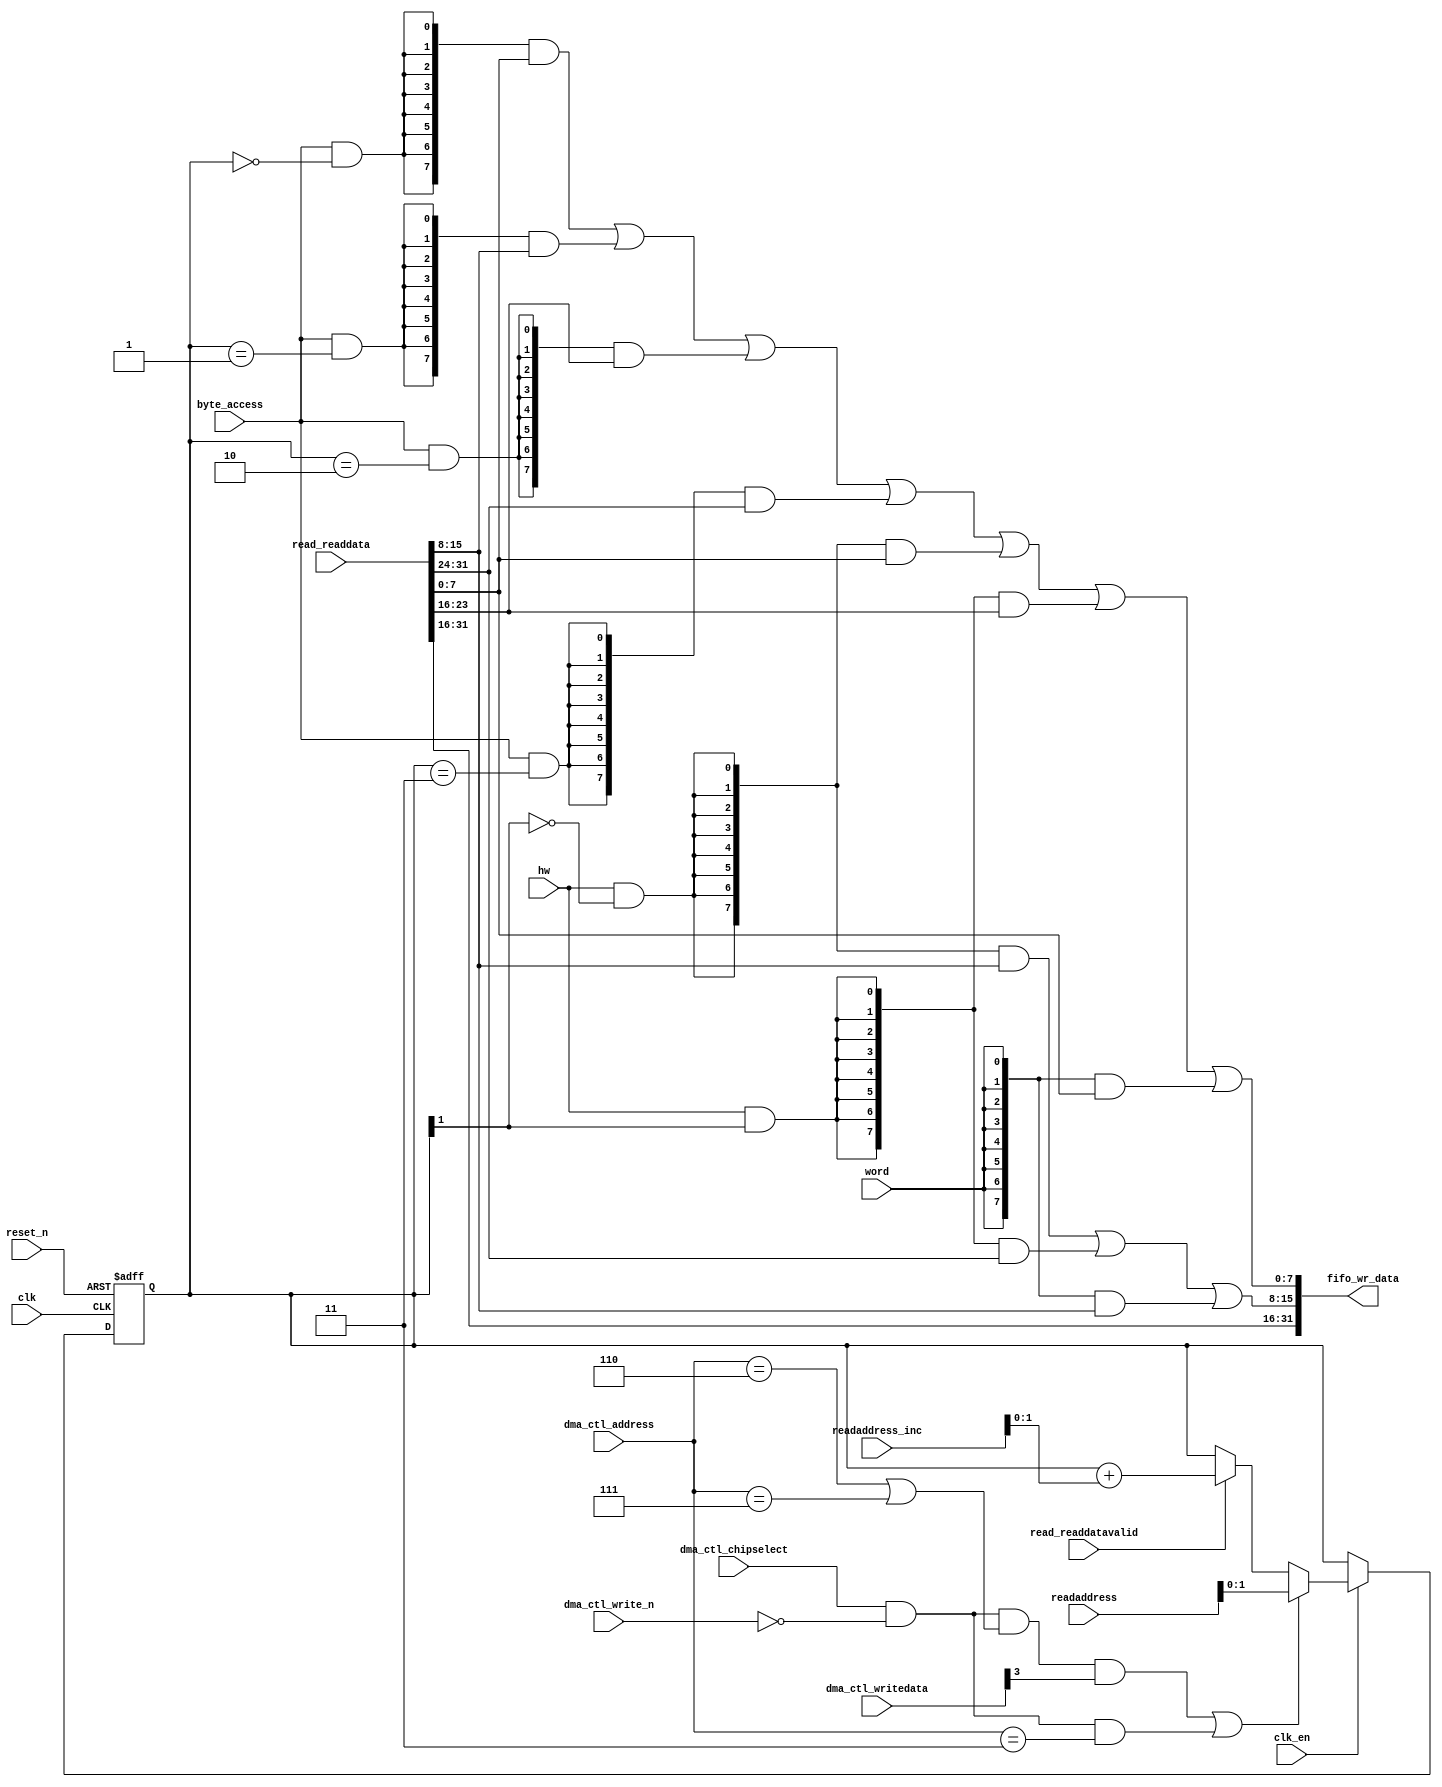
//Legal Notice: (C)2021 Altera Corporation. All rights reserved.  Your
//use of Altera Corporation's design tools, logic functions and other
//software and tools, and its AMPP partner logic functions, and any
//output files any of the foregoing (including device programming or
//simulation files), and any associated documentation or information are
//expressly subject to the terms and conditions of the Altera Program
//License Subscription Agreement or other applicable license agreement,
//including, without limitation, that your use is for the sole purpose
//of programming logic devices manufactured by Altera and sold by Altera
//or its authorized distributors.  Please refer to the applicable
//agreement for further details.

// synthesis translate_off
`timescale 1ns / 1ps
// synthesis translate_on

// turn off superfluous verilog processor warnings 
// altera message_level Level1 
// altera message_off 10034 10035 10036 10037 10230 10240 10030 

module nios_system_dma_0_read_data_mux (
                                         // inputs:
                                          byte_access,
                                          clk,
                                          clk_en,
                                          dma_ctl_address,
                                          dma_ctl_chipselect,
                                          dma_ctl_write_n,
                                          dma_ctl_writedata,
                                          hw,
                                          read_readdata,
                                          read_readdatavalid,
                                          readaddress,
                                          readaddress_inc,
                                          reset_n,
                                          word,

                                         // outputs:
                                          fifo_wr_data
                                       )
;

  output  [ 31: 0] fifo_wr_data;
  input            byte_access;
  input            clk;
  input            clk_en;
  input   [  2: 0] dma_ctl_address;
  input            dma_ctl_chipselect;
  input            dma_ctl_write_n;
  input   [ 27: 0] dma_ctl_writedata;
  input            hw;
  input   [ 31: 0] read_readdata;
  input            read_readdatavalid;
  input   [ 27: 0] readaddress;
  input   [  4: 0] readaddress_inc;
  input            reset_n;
  input            word;


wire             control_write;
wire    [ 31: 0] fifo_wr_data;
wire             length_write;
wire    [  1: 0] read_data_mux_input;
reg     [  1: 0] readdata_mux_select;
  assign control_write = dma_ctl_chipselect & ~dma_ctl_write_n & ((dma_ctl_address == 6) || (dma_ctl_address == 7));
  assign length_write = dma_ctl_chipselect & ~dma_ctl_write_n & (dma_ctl_address == 3);
  assign read_data_mux_input = ((control_write && dma_ctl_writedata[3] || length_write))? readaddress[1 : 0] :
    (read_readdatavalid)? (readdata_mux_select + readaddress_inc) :
    readdata_mux_select;

  // Reset value: the transaction size bits of the read address reset value.
  always @(posedge clk or negedge reset_n)
    begin
      if (reset_n == 0)
          readdata_mux_select <= 0;
      else if (clk_en)
          readdata_mux_select <= read_data_mux_input[1 : 0];
    end


  assign fifo_wr_data[31 : 16] = read_readdata[31 : 16];
  assign fifo_wr_data[15 : 8] = ({8 {(hw & (readdata_mux_select[1] == 0))}} & read_readdata[15 : 8]) |
    ({8 {(hw & (readdata_mux_select[1] == 1))}} & read_readdata[31 : 24]) |
    ({8 {word}} & read_readdata[15 : 8]);

  assign fifo_wr_data[7 : 0] = ({8 {(byte_access & (readdata_mux_select[1 : 0] == 0))}} & read_readdata[7 : 0]) |
    ({8 {(byte_access & (readdata_mux_select[1 : 0] == 1))}} & read_readdata[15 : 8]) |
    ({8 {(byte_access & (readdata_mux_select[1 : 0] == 2))}} & read_readdata[23 : 16]) |
    ({8 {(byte_access & (readdata_mux_select[1 : 0] == 3))}} & read_readdata[31 : 24]) |
    ({8 {(hw & (readdata_mux_select[1] == 0))}} & read_readdata[7 : 0]) |
    ({8 {(hw & (readdata_mux_select[1] == 1))}} & read_readdata[23 : 16]) |
    ({8 {word}} & read_readdata[7 : 0]);


endmodule


// synthesis translate_off
`timescale 1ns / 1ps
// synthesis translate_on

// turn off superfluous verilog processor warnings 
// altera message_level Level1 
// altera message_off 10034 10035 10036 10037 10230 10240 10030 

module nios_system_dma_0_byteenables (
                                       // inputs:
                                        byte_access,
                                        hw,
                                        word,
                                        write_address,

                                       // outputs:
                                        write_byteenable
                                     )
;

  output  [  3: 0] write_byteenable;
  input            byte_access;
  input            hw;
  input            word;
  input   [ 27: 0] write_address;


wire             wa_1_is_0;
wire             wa_1_is_1;
wire             wa_1_to_0_is_0;
wire             wa_1_to_0_is_1;
wire             wa_1_to_0_is_2;
wire             wa_1_to_0_is_3;
wire    [  3: 0] write_byteenable;
  assign wa_1_to_0_is_3 = write_address[1 : 0] == 2'h3;
  assign wa_1_to_0_is_2 = write_address[1 : 0] == 2'h2;
  assign wa_1_to_0_is_1 = write_address[1 : 0] == 2'h1;
  assign wa_1_to_0_is_0 = write_address[1 : 0] == 2'h0;
  assign wa_1_is_1 = write_address[1] == 1'h1;
  assign wa_1_is_0 = write_address[1] == 1'h0;
  assign write_byteenable = ({4 {byte_access}} & {wa_1_to_0_is_3, wa_1_to_0_is_2, wa_1_to_0_is_1, wa_1_to_0_is_0}) |
    ({4 {hw}} & {wa_1_is_1, wa_1_is_1, wa_1_is_0, wa_1_is_0}) |
    ({4 {word}} & 4'b1111);


endmodule


// synthesis translate_off
`timescale 1ns / 1ps
// synthesis translate_on

// turn off superfluous verilog processor warnings 
// altera message_level Level1 
// altera message_off 10034 10035 10036 10037 10230 10240 10030 

module nios_system_dma_0_fifo_module_fifo_ram_module (
                                                       // inputs:
                                                        clk,
                                                        data,
                                                        rdaddress,
                                                        rdclken,
                                                        reset_n,
                                                        wraddress,
                                                        wrclock,
                                                        wren,

                                                       // outputs:
                                                        q
                                                     )
;

  output  [ 31: 0] q;
  input            clk;
  input   [ 31: 0] data;
  input   [  4: 0] rdaddress;
  input            rdclken;
  input            reset_n;
  input   [  4: 0] wraddress;
  input            wrclock;
  input            wren;


reg     [ 31: 0] mem_array [ 31: 0];
wire    [ 31: 0] q;
reg     [  4: 0] read_address;

//synthesis translate_off
//////////////// SIMULATION-ONLY CONTENTS
  always @(posedge clk or negedge reset_n)
    begin
      if (reset_n == 0)
          read_address <= 0;
      else if (rdclken)
          read_address <= rdaddress;
    end


  // Data read is synchronized through latent_rdaddress.
  assign q = mem_array[read_address];

  always @(posedge wrclock)
    begin
      // Write data
      if (wren)
          mem_array[wraddress] <= data;
    end



//////////////// END SIMULATION-ONLY CONTENTS

//synthesis translate_on
//synthesis read_comments_as_HDL on
//  always @(rdaddress)
//    begin
//      read_address = rdaddress;
//    end
//
//
//  lpm_ram_dp lpm_ram_dp_component
//    (
//      .data (data),
//      .q (q),
//      .rdaddress (read_address),
//      .rdclken (rdclken),
//      .rdclock (clk),
//      .wraddress (wraddress),
//      .wrclock (wrclock),
//      .wren (wren)
//    );
//
//  defparam lpm_ram_dp_component.lpm_file = "UNUSED",
//           lpm_ram_dp_component.lpm_hint = "USE_EAB=ON",
//           lpm_ram_dp_component.lpm_indata = "REGISTERED",
//           lpm_ram_dp_component.lpm_outdata = "UNREGISTERED",
//           lpm_ram_dp_component.lpm_rdaddress_control = "REGISTERED",
//           lpm_ram_dp_component.lpm_width = 32,
//           lpm_ram_dp_component.lpm_widthad = 5,
//           lpm_ram_dp_component.lpm_wraddress_control = "REGISTERED",
//           lpm_ram_dp_component.suppress_memory_conversion_warnings = "ON";
//
//synthesis read_comments_as_HDL off

endmodule


// synthesis translate_off
`timescale 1ns / 1ps
// synthesis translate_on

// turn off superfluous verilog processor warnings 
// altera message_level Level1 
// altera message_off 10034 10035 10036 10037 10230 10240 10030 

module nios_system_dma_0_fifo_module (
                                       // inputs:
                                        clk,
                                        clk_en,
                                        fifo_read,
                                        fifo_wr_data,
                                        fifo_write,
                                        flush_fifo,
                                        inc_pending_data,
                                        reset_n,

                                       // outputs:
                                        fifo_datavalid,
                                        fifo_empty,
                                        fifo_rd_data,
                                        p1_fifo_full
                                     )
;

  output           fifo_datavalid;
  output           fifo_empty;
  output  [ 31: 0] fifo_rd_data;
  output           p1_fifo_full;
  input            clk;
  input            clk_en;
  input            fifo_read;
  input   [ 31: 0] fifo_wr_data;
  input            fifo_write;
  input            flush_fifo;
  input            inc_pending_data;
  input            reset_n;


wire    [  4: 0] estimated_rdaddress;
reg     [  4: 0] estimated_wraddress;
wire             fifo_datavalid;
wire             fifo_dec;
reg              fifo_empty;
reg              fifo_full;
wire             fifo_inc;
wire    [ 31: 0] fifo_ram_q;
wire    [ 31: 0] fifo_rd_data;
reg              last_write_collision;
reg     [ 31: 0] last_write_data;
wire    [  4: 0] p1_estimated_wraddress;
wire             p1_fifo_empty;
wire             p1_fifo_full;
wire    [  4: 0] p1_wraddress;
wire    [  4: 0] rdaddress;
reg     [  4: 0] rdaddress_reg;
reg     [  4: 0] wraddress;
wire             write_collision;
  assign p1_wraddress = (fifo_write)? wraddress - 1 :
    wraddress;

  always @(posedge clk or negedge reset_n)
    begin
      if (reset_n == 0)
          wraddress <= 0;
      else if (clk_en)
          if (flush_fifo)
              wraddress <= 0;
          else 
            wraddress <= p1_wraddress;
    end


  assign rdaddress = flush_fifo ? 0 : fifo_read ? (rdaddress_reg - 1) : rdaddress_reg;
  always @(posedge clk or negedge reset_n)
    begin
      if (reset_n == 0)
          rdaddress_reg <= 0;
      else 
        rdaddress_reg <= rdaddress;
    end


  assign fifo_datavalid = ~fifo_empty;
  assign fifo_inc = fifo_write & ~fifo_read;
  assign fifo_dec = fifo_read & ~fifo_write;
  assign estimated_rdaddress = rdaddress_reg - 1;
  assign p1_estimated_wraddress = (inc_pending_data)? estimated_wraddress - 1 :
    estimated_wraddress;

  always @(posedge clk or negedge reset_n)
    begin
      if (reset_n == 0)
          estimated_wraddress <= {5 {1'b1}};
      else if (clk_en)
          if (flush_fifo)
              estimated_wraddress <= {5 {1'b1}};
          else 
            estimated_wraddress <= p1_estimated_wraddress;
    end


  assign p1_fifo_empty = flush_fifo  | ((~fifo_inc & fifo_empty) | (fifo_dec & (wraddress == estimated_rdaddress)));
  always @(posedge clk or negedge reset_n)
    begin
      if (reset_n == 0)
          fifo_empty <= 1;
      else if (clk_en)
          fifo_empty <= p1_fifo_empty;
    end


  assign p1_fifo_full = ~flush_fifo & ((~fifo_dec & fifo_full)  | (inc_pending_data & (estimated_wraddress == rdaddress)));
  always @(posedge clk or negedge reset_n)
    begin
      if (reset_n == 0)
          fifo_full <= 0;
      else if (clk_en)
          fifo_full <= p1_fifo_full;
    end


  assign write_collision = fifo_write && (wraddress == rdaddress);
  always @(posedge clk or negedge reset_n)
    begin
      if (reset_n == 0)
          last_write_data <= 0;
      else if (write_collision)
          last_write_data <= fifo_wr_data;
    end


  always @(posedge clk or negedge reset_n)
    begin
      if (reset_n == 0)
          last_write_collision <= 0;
      else if (write_collision)
          last_write_collision <= -1;
      else if (fifo_read)
          last_write_collision <= 0;
    end


  assign fifo_rd_data = last_write_collision ? last_write_data : fifo_ram_q;
  //nios_system_dma_0_fifo_module_fifo_ram, which is an e_ram
  nios_system_dma_0_fifo_module_fifo_ram_module nios_system_dma_0_fifo_module_fifo_ram
    (
      .clk       (clk),
      .data      (fifo_wr_data),
      .q         (fifo_ram_q),
      .rdaddress (rdaddress),
      .rdclken   (1'b1),
      .reset_n   (reset_n),
      .wraddress (wraddress),
      .wrclock   (clk),
      .wren      (fifo_write)
    );


endmodule


// synthesis translate_off
`timescale 1ns / 1ps
// synthesis translate_on

// turn off superfluous verilog processor warnings 
// altera message_level Level1 
// altera message_off 10034 10035 10036 10037 10230 10240 10030 

module nios_system_dma_0_mem_read (
                                    // inputs:
                                     clk,
                                     clk_en,
                                     go,
                                     p1_done_read,
                                     p1_fifo_full,
                                     read_waitrequest,
                                     reset_n,

                                    // outputs:
                                     inc_read,
                                     mem_read_n
                                  )
;

  output           inc_read;
  output           mem_read_n;
  input            clk;
  input            clk_en;
  input            go;
  input            p1_done_read;
  input            p1_fifo_full;
  input            read_waitrequest;
  input            reset_n;


wire             inc_read;
wire             mem_read_n;
reg              nios_system_dma_0_mem_read_access;
reg              nios_system_dma_0_mem_read_idle;
wire             p1_read_select;
reg              read_select;
  assign mem_read_n = ~read_select;
  always @(posedge clk or negedge reset_n)
    begin
      if (reset_n == 0)
          read_select <= 0;
      else if (clk_en)
          read_select <= p1_read_select;
    end


  assign inc_read = read_select & ~read_waitrequest;
  // Transitions into state 'idle'.
  always @(posedge clk or negedge reset_n)
    begin
      if (reset_n == 0)
          nios_system_dma_0_mem_read_idle <= 1;
      else if (clk_en)
          nios_system_dma_0_mem_read_idle <= ((nios_system_dma_0_mem_read_idle == 1) & (go == 0)) |
                    ((nios_system_dma_0_mem_read_idle == 1) & (p1_done_read == 1)) |
                    ((nios_system_dma_0_mem_read_idle == 1) & (p1_fifo_full == 1)) |
                    ((nios_system_dma_0_mem_read_access == 1) & (p1_fifo_full == 1) & (read_waitrequest == 0)) |
                    ((nios_system_dma_0_mem_read_access == 1) & (p1_done_read == 1) & (read_waitrequest == 0));

    end


  // Transitions into state 'access'.
  always @(posedge clk or negedge reset_n)
    begin
      if (reset_n == 0)
          nios_system_dma_0_mem_read_access <= 0;
      else if (clk_en)
          nios_system_dma_0_mem_read_access <= ((nios_system_dma_0_mem_read_idle == 1) & (p1_fifo_full == 0) & (p1_done_read == 0) & (go == 1)) |
                    ((nios_system_dma_0_mem_read_access == 1) & (read_waitrequest == 1)) |
                    ((nios_system_dma_0_mem_read_access == 1) & (p1_fifo_full == 0) & (p1_done_read == 0) & (read_waitrequest == 0));

    end


  assign p1_read_select = ({1 {((nios_system_dma_0_mem_read_access && (read_waitrequest == 1)))}} & 1) |
    ({1 {((nios_system_dma_0_mem_read_access && (p1_done_read == 0) && (p1_fifo_full == 0) && (read_waitrequest == 0)))}} & 1) |
    ({1 {((nios_system_dma_0_mem_read_idle && (go == 1) && (p1_done_read == 0) && (p1_fifo_full == 0)))}} & 1);


endmodule


// synthesis translate_off
`timescale 1ns / 1ps
// synthesis translate_on

// turn off superfluous verilog processor warnings 
// altera message_level Level1 
// altera message_off 10034 10035 10036 10037 10230 10240 10030 

module nios_system_dma_0_mem_write (
                                     // inputs:
                                      d1_enabled_write_endofpacket,
                                      fifo_datavalid,
                                      write_waitrequest,

                                     // outputs:
                                      fifo_read,
                                      inc_write,
                                      mem_write_n,
                                      write_select
                                   )
;

  output           fifo_read;
  output           inc_write;
  output           mem_write_n;
  output           write_select;
  input            d1_enabled_write_endofpacket;
  input            fifo_datavalid;
  input            write_waitrequest;


wire             fifo_read;
wire             inc_write;
wire             mem_write_n;
wire             write_select;
  assign write_select = fifo_datavalid & ~d1_enabled_write_endofpacket;
  assign mem_write_n = ~write_select;
  assign fifo_read = write_select & ~write_waitrequest;
  assign inc_write = fifo_read;

endmodule


// synthesis translate_off
`timescale 1ns / 1ps
// synthesis translate_on

// turn off superfluous verilog processor warnings 
// altera message_level Level1 
// altera message_off 10034 10035 10036 10037 10230 10240 10030 

//DMA peripheral nios_system_dma_0
//Read slaves:
//new_sdram_controller_0.s1; 
//Write slaves:
//new_sdram_controller_0.s1; 


module nios_system_dma_0 (
                           // inputs:
                            clk,
                            dma_ctl_address,
                            dma_ctl_chipselect,
                            dma_ctl_write_n,
                            dma_ctl_writedata,
                            read_readdata,
                            read_readdatavalid,
                            read_waitrequest,
                            system_reset_n,
                            write_waitrequest,

                           // outputs:
                            dma_ctl_irq,
                            dma_ctl_readdata,
                            read_address,
                            read_chipselect,
                            read_read_n,
                            write_address,
                            write_byteenable,
                            write_chipselect,
                            write_write_n,
                            write_writedata
                         )
  /* synthesis ALTERA_ATTRIBUTE = "SUPPRESS_DA_RULE_INTERNAL=\"R101\"" */ ;

  output           dma_ctl_irq;
  output  [ 27: 0] dma_ctl_readdata;
  output  [ 27: 0] read_address;
  output           read_chipselect;
  output           read_read_n;
  output  [ 27: 0] write_address;
  output  [  3: 0] write_byteenable;
  output           write_chipselect;
  output           write_write_n;
  output  [ 31: 0] write_writedata;
  input            clk;
  input   [  2: 0] dma_ctl_address;
  input            dma_ctl_chipselect;
  input            dma_ctl_write_n;
  input   [ 27: 0] dma_ctl_writedata;
  input   [ 31: 0] read_readdata;
  input            read_readdatavalid;
  input            read_waitrequest;
  input            system_reset_n;
  input            write_waitrequest;


wire             busy;
wire             byte_access;
wire             clk_en;
reg     [ 12: 0] control;
reg              d1_done_transaction;
reg              d1_enabled_write_endofpacket;
reg              d1_read_got_endofpacket;
reg              d1_softwarereset;
wire             dma_ctl_irq;
reg     [ 27: 0] dma_ctl_readdata;
reg              done;
wire             done_transaction;
reg              done_write;
wire             doubleword;
wire             enabled_write_endofpacket;
wire             fifo_datavalid;
wire             fifo_empty;
wire    [ 31: 0] fifo_rd_data;
wire    [ 31: 0] fifo_rd_data_as_byte_access;
wire    [ 31: 0] fifo_rd_data_as_hw;
wire    [ 31: 0] fifo_rd_data_as_word;
wire             fifo_read;
wire    [ 31: 0] fifo_wr_data;
wire             fifo_write;
wire             fifo_write_data_valid;
wire             flush_fifo;
wire             go;
wire             hw;
wire             i_en;
wire             inc_read;
wire             inc_write;
wire             leen;
reg              len;
reg     [ 26: 0] length;
reg              length_eq_0;
wire             mem_read_n;
wire             mem_write_n;
wire    [ 12: 0] p1_control;
wire    [ 27: 0] p1_dma_ctl_readdata;
wire             p1_done_read;
wire             p1_done_write;
wire             p1_fifo_full;
wire    [ 26: 0] p1_length;
wire             p1_length_eq_0;
wire             p1_read_got_endofpacket;
wire    [ 27: 0] p1_readaddress;
wire             p1_write_got_endofpacket;
wire    [ 27: 0] p1_writeaddress;
wire    [ 26: 0] p1_writelength;
wire             p1_writelength_eq_0;
wire             quadword;
wire             rcon;
wire    [ 27: 0] read_address;
wire             read_chipselect;
wire             read_endofpacket;
reg              read_got_endofpacket;
wire             read_read_n;
reg     [ 27: 0] readaddress;
wire    [  4: 0] readaddress_inc;
wire             reen;
reg              reop;
reg              reset_n;
wire             set_software_reset_bit;
reg              software_reset_request;
wire             softwarereset;
wire    [  4: 0] status;
wire             status_register_write;
wire             wcon;
wire             ween;
reg              weop;
wire             word;
wire    [ 27: 0] write_address;
wire    [  3: 0] write_byteenable;
wire             write_chipselect;
wire             write_endofpacket;
reg              write_got_endofpacket;
wire             write_select;
wire             write_write_n;
wire    [ 31: 0] write_writedata;
reg     [ 27: 0] writeaddress;
wire    [  4: 0] writeaddress_inc;
reg     [ 26: 0] writelength;
reg              writelength_eq_0;
  assign clk_en = 1;
  //control_port_slave, which is an e_avalon_slave
  //read_master, which is an e_avalon_master
  nios_system_dma_0_read_data_mux the_nios_system_dma_0_read_data_mux
    (
      .byte_access        (byte_access),
      .clk                (clk),
      .clk_en             (clk_en),
      .dma_ctl_address    (dma_ctl_address),
      .dma_ctl_chipselect (dma_ctl_chipselect),
      .dma_ctl_write_n    (dma_ctl_write_n),
      .dma_ctl_writedata  (dma_ctl_writedata),
      .fifo_wr_data       (fifo_wr_data),
      .hw                 (hw),
      .read_readdata      (read_readdata),
      .read_readdatavalid (read_readdatavalid),
      .readaddress        (readaddress),
      .readaddress_inc    (readaddress_inc),
      .reset_n            (reset_n),
      .word               (word)
    );

  //write_master, which is an e_avalon_master
  nios_system_dma_0_byteenables the_nios_system_dma_0_byteenables
    (
      .byte_access      (byte_access),
      .hw               (hw),
      .word             (word),
      .write_address    (write_address),
      .write_byteenable (write_byteenable)
    );

  assign read_read_n = mem_read_n;
  assign status_register_write = dma_ctl_chipselect & ~dma_ctl_write_n & (dma_ctl_address == 0);
  // read address
  always @(posedge clk or negedge reset_n)
    begin
      if (reset_n == 0)
          readaddress <= 28'h0;
      else if (clk_en)
          readaddress <= p1_readaddress;
    end


  assign p1_readaddress = ((dma_ctl_chipselect & ~dma_ctl_write_n & (dma_ctl_address == 1)))? dma_ctl_writedata :
    (inc_read)? (readaddress + readaddress_inc) :
    readaddress;

  // write address
  always @(posedge clk or negedge reset_n)
    begin
      if (reset_n == 0)
          writeaddress <= 28'h0;
      else if (clk_en)
          writeaddress <= p1_writeaddress;
    end


  assign p1_writeaddress = ((dma_ctl_chipselect & ~dma_ctl_write_n & (dma_ctl_address == 2)))? dma_ctl_writedata :
    (inc_write)? (writeaddress + writeaddress_inc) :
    writeaddress;

  // length in bytes
  always @(posedge clk or negedge reset_n)
    begin
      if (reset_n == 0)
          length <= 27'h0;
      else if (clk_en)
          length <= p1_length;
    end


  assign p1_length = ((dma_ctl_chipselect & ~dma_ctl_write_n & (dma_ctl_address == 3)))? dma_ctl_writedata :
    ((inc_read && (!length_eq_0)))? length - {1'b0,
    1'b0,
    word,
    hw,
    byte_access} :
    length;

  // control register
  always @(posedge clk or negedge reset_n)
    begin
      if (reset_n == 0)
          control <= 13'h84;
      else if (clk_en)
          control <= p1_control;
    end


  assign p1_control = ((dma_ctl_chipselect & ~dma_ctl_write_n & ((dma_ctl_address == 6) || (dma_ctl_address == 7))))? dma_ctl_writedata :
    control;

  // write master length
  always @(posedge clk or negedge reset_n)
    begin
      if (reset_n == 0)
          writelength <= 27'h0;
      else if (clk_en)
          writelength <= p1_writelength;
    end


  assign p1_writelength = ((dma_ctl_chipselect & ~dma_ctl_write_n & (dma_ctl_address == 3)))? dma_ctl_writedata :
    ((inc_write && (!writelength_eq_0)))? writelength - {1'b0,
    1'b0,
    word,
    hw,
    byte_access} :
    writelength;

  assign p1_writelength_eq_0 = inc_write && (!writelength_eq_0) && ((writelength  - {1'b0,
    1'b0,
    word,
    hw,
    byte_access}) == 0);

  assign p1_length_eq_0 = inc_read && (!length_eq_0) && ((length  - {1'b0,
    1'b0,
    word,
    hw,
    byte_access}) == 0);

  always @(posedge clk or negedge reset_n)
    begin
      if (reset_n == 0)
          length_eq_0 <= 1;
      else if (clk_en)
          if (dma_ctl_chipselect & ~dma_ctl_write_n & (dma_ctl_address == 3))
              length_eq_0 <= 0;
          else if (p1_length_eq_0)
              length_eq_0 <= -1;
    end


  always @(posedge clk or negedge reset_n)
    begin
      if (reset_n == 0)
          writelength_eq_0 <= 1;
      else if (clk_en)
          if (dma_ctl_chipselect & ~dma_ctl_write_n & (dma_ctl_address == 3))
              writelength_eq_0 <= 0;
          else if (p1_writelength_eq_0)
              writelength_eq_0 <= -1;
    end


  assign writeaddress_inc = (wcon)? 0 :
    {1'b0,
    1'b0,
    word,
    hw,
    byte_access};

  assign readaddress_inc = (rcon)? 0 :
    {1'b0,
    1'b0,
    word,
    hw,
    byte_access};

  assign p1_dma_ctl_readdata = ({28 {(dma_ctl_address == 0)}} & status) |
    ({28 {(dma_ctl_address == 1)}} & readaddress) |
    ({28 {(dma_ctl_address == 2)}} & writeaddress) |
    ({28 {(dma_ctl_address == 3)}} & writelength) |
    ({28 {(dma_ctl_address == 6)}} & control);

  always @(posedge clk or negedge reset_n)
    begin
      if (reset_n == 0)
          dma_ctl_readdata <= 0;
      else if (clk_en)
          dma_ctl_readdata <= p1_dma_ctl_readdata;
    end


  assign done_transaction = go & done_write;
  always @(posedge clk or negedge reset_n)
    begin
      if (reset_n == 0)
          done <= 0;
      else if (clk_en)
          if (status_register_write)
              done <= 0;
          else if (done_transaction & ~d1_done_transaction)
              done <= -1;
    end


  always @(posedge clk or negedge reset_n)
    begin
      if (reset_n == 0)
          d1_done_transaction <= 0;
      else if (clk_en)
          d1_done_transaction <= done_transaction;
    end


  assign busy = go & ~done_write;
  assign status[0] = done;
  assign status[1] = busy;
  assign status[2] = reop;
  assign status[3] = weop;
  assign status[4] = len;
  assign byte_access = control[0];
  assign hw = control[1];
  assign word = control[2];
  assign go = control[3];
  assign i_en = control[4];
  assign reen = control[5];
  assign ween = control[6];
  assign leen = control[7];
  assign rcon = control[8];
  assign wcon = control[9];
  assign doubleword = control[10];
  assign quadword = control[11];
  assign softwarereset = control[12];
  assign dma_ctl_irq = i_en & done;
  assign p1_read_got_endofpacket = ~status_register_write && (read_got_endofpacket || (read_endofpacket & reen));
  assign p1_write_got_endofpacket = ~status_register_write && (write_got_endofpacket || (inc_write & write_endofpacket & ween));
  always @(posedge clk or negedge reset_n)
    begin
      if (reset_n == 0)
          read_got_endofpacket <= 0;
      else if (clk_en)
          read_got_endofpacket <= p1_read_got_endofpacket;
    end


  always @(posedge clk or negedge reset_n)
    begin
      if (reset_n == 0)
          write_got_endofpacket <= 0;
      else if (clk_en)
          write_got_endofpacket <= p1_write_got_endofpacket;
    end


  assign flush_fifo = ~d1_done_transaction & done_transaction;
  nios_system_dma_0_fifo_module the_nios_system_dma_0_fifo_module
    (
      .clk              (clk),
      .clk_en           (clk_en),
      .fifo_datavalid   (fifo_datavalid),
      .fifo_empty       (fifo_empty),
      .fifo_rd_data     (fifo_rd_data),
      .fifo_read        (fifo_read),
      .fifo_wr_data     (fifo_wr_data),
      .fifo_write       (fifo_write),
      .flush_fifo       (flush_fifo),
      .inc_pending_data (inc_read),
      .p1_fifo_full     (p1_fifo_full),
      .reset_n          (reset_n)
    );

  //the_nios_system_dma_0_mem_read, which is an e_instance
  nios_system_dma_0_mem_read the_nios_system_dma_0_mem_read
    (
      .clk              (clk),
      .clk_en           (clk_en),
      .go               (go),
      .inc_read         (inc_read),
      .mem_read_n       (mem_read_n),
      .p1_done_read     (p1_done_read),
      .p1_fifo_full     (p1_fifo_full),
      .read_waitrequest (read_waitrequest),
      .reset_n          (reset_n)
    );

  assign fifo_write = fifo_write_data_valid;
  assign enabled_write_endofpacket = write_endofpacket & ween;
  always @(posedge clk or negedge reset_n)
    begin
      if (reset_n == 0)
          d1_enabled_write_endofpacket <= 0;
      else if (clk_en)
          d1_enabled_write_endofpacket <= enabled_write_endofpacket;
    end


  nios_system_dma_0_mem_write the_nios_system_dma_0_mem_write
    (
      .d1_enabled_write_endofpacket (d1_enabled_write_endofpacket),
      .fifo_datavalid               (fifo_datavalid),
      .fifo_read                    (fifo_read),
      .inc_write                    (inc_write),
      .mem_write_n                  (mem_write_n),
      .write_select                 (write_select),
      .write_waitrequest            (write_waitrequest)
    );

  assign p1_done_read = (leen && (p1_length_eq_0 || (length_eq_0))) | p1_read_got_endofpacket | p1_done_write;
  always @(posedge clk or negedge reset_n)
    begin
      if (reset_n == 0)
          len <= 0;
      else if (clk_en)
          if (status_register_write)
              len <= 0;
          else if (~d1_done_transaction & done_transaction && (writelength_eq_0))
              len <= -1;
    end


  always @(posedge clk or negedge reset_n)
    begin
      if (reset_n == 0)
          reop <= 0;
      else if (clk_en)
          if (status_register_write)
              reop <= 0;
          else if (fifo_empty & read_got_endofpacket & d1_read_got_endofpacket)
              reop <= -1;
    end


  always @(posedge clk or negedge reset_n)
    begin
      if (reset_n == 0)
          weop <= 0;
      else if (clk_en)
          if (status_register_write)
              weop <= 0;
          else if (write_got_endofpacket)
              weop <= -1;
    end


  assign p1_done_write = (leen && (p1_writelength_eq_0 || writelength_eq_0)) | p1_write_got_endofpacket | fifo_empty & d1_read_got_endofpacket;
  always @(posedge clk or negedge reset_n)
    begin
      if (reset_n == 0)
          d1_read_got_endofpacket <= 0;
      else if (clk_en)
          d1_read_got_endofpacket <= read_got_endofpacket;
    end


  // Write has completed when the length goes to 0, or
  //the write source said end-of-packet, or
  //the read source said end-of-packet and the fifo has emptied.
  always @(posedge clk or negedge reset_n)
    begin
      if (reset_n == 0)
          done_write <= 0;
      else if (clk_en)
          done_write <= p1_done_write;
    end


  assign read_address = readaddress;
  assign write_address = writeaddress;
  assign write_chipselect = write_select;
  assign read_chipselect = ~read_read_n;
  assign write_write_n = mem_write_n;
  assign fifo_rd_data_as_byte_access = {fifo_rd_data[7 : 0],
    fifo_rd_data[7 : 0],
    fifo_rd_data[7 : 0],
    fifo_rd_data[7 : 0]};

  assign fifo_rd_data_as_hw = {fifo_rd_data[15 : 0],
    fifo_rd_data[15 : 0]};

  assign fifo_rd_data_as_word = fifo_rd_data[31 : 0];
  assign write_writedata = ({32 {byte_access}} & fifo_rd_data_as_byte_access) |
    ({32 {hw}} & fifo_rd_data_as_hw) |
    ({32 {word}} & fifo_rd_data_as_word);

  assign fifo_write_data_valid = read_readdatavalid;
  assign set_software_reset_bit = ((dma_ctl_chipselect & ~dma_ctl_write_n & ((dma_ctl_address == 6) || (dma_ctl_address == 7)))) & (dma_ctl_address != 7) & dma_ctl_writedata[12];
  always @(posedge clk or negedge system_reset_n)
    begin
      if (system_reset_n == 0)
          d1_softwarereset <= 0;
      else if (set_software_reset_bit | software_reset_request)
          d1_softwarereset <= softwarereset & ~software_reset_request;
    end


  always @(posedge clk or negedge system_reset_n)
    begin
      if (system_reset_n == 0)
          software_reset_request <= 0;
      else if (set_software_reset_bit | software_reset_request)
          software_reset_request <= d1_softwarereset & ~software_reset_request;
    end


  always @(posedge clk or negedge system_reset_n)
    begin
      if (system_reset_n == 0)
          reset_n <= 0;
      else 
        reset_n <= ~(~system_reset_n | software_reset_request);
    end


  assign read_endofpacket = 0;
  assign write_endofpacket = 0;

endmodule